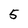
Character: 5